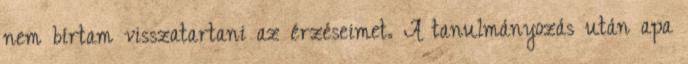
nem bírtam visszatartani az érzéseimet. A tanulmányozás után apa